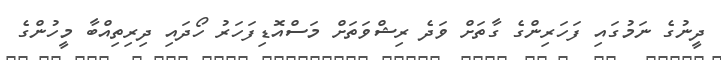
ދީނުގެ ނަމުގައި ފަހަރިންގެ ގާތަށް ވަދެ ރިޝްވަތަށް މަސްއޮޑިފަހަރު ހޯދައި ދިރިތިއްބާ މީހުންގެ